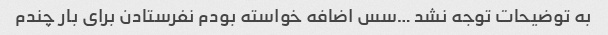
به توضیحات توجه نشد …سس اضافه خواسته بودم نفرستادن برای بار چندم